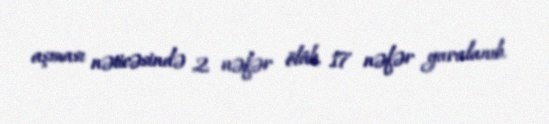
aşması nəticəsində 2 nəfər ölüb, 17 nəfər yaralanıb.